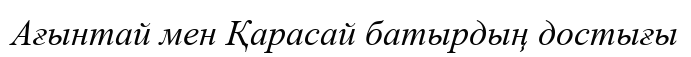
Ағынтай мен Қарасай батырдың достығы